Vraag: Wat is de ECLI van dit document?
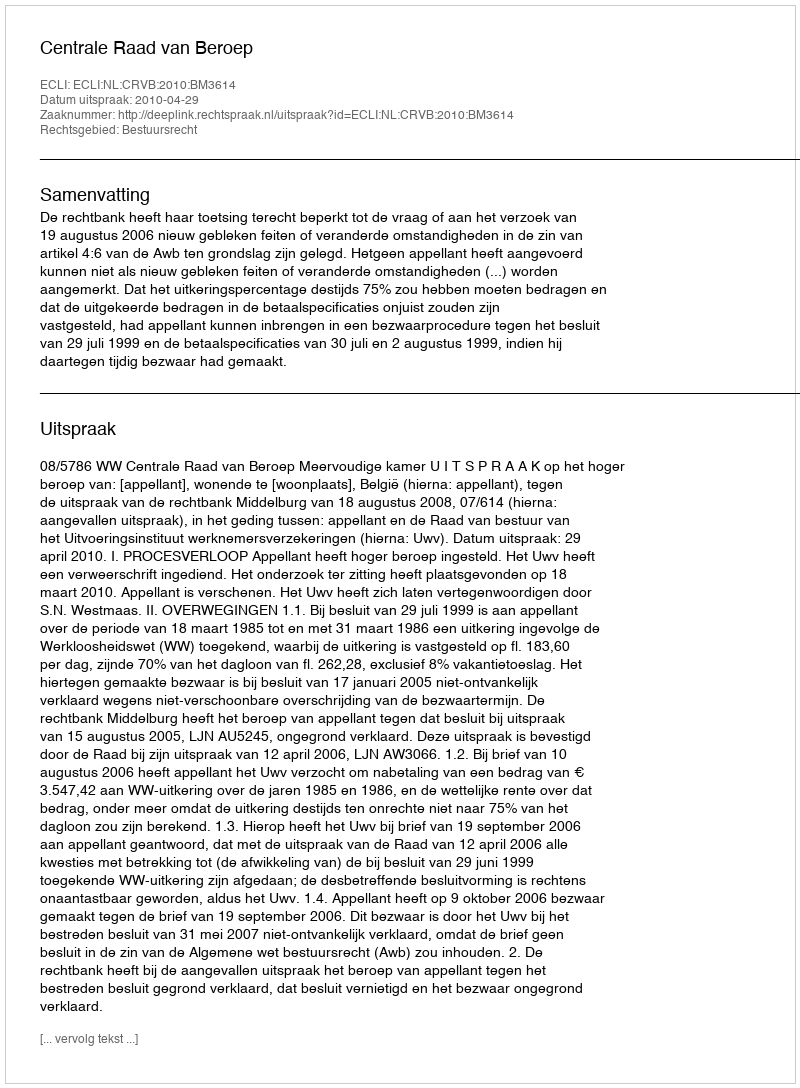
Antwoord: ECLI:NL:CRVB:2010:BM3614